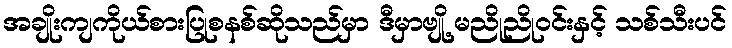
အချိုးကျကိုယ်စားပြုစနစ်ဆိုသည်မှာ ဒီမှာဗျို့ မညိုညိုဝင်းနှင့် သစ်သီးပင်